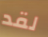
لقد